Newspaper: Daily Democrat and news. [volume]
Place of publication: Davenport, Iowa
Publisher: Maguire, Richardson & Co.
Date: 1860-04-06 00:00:00
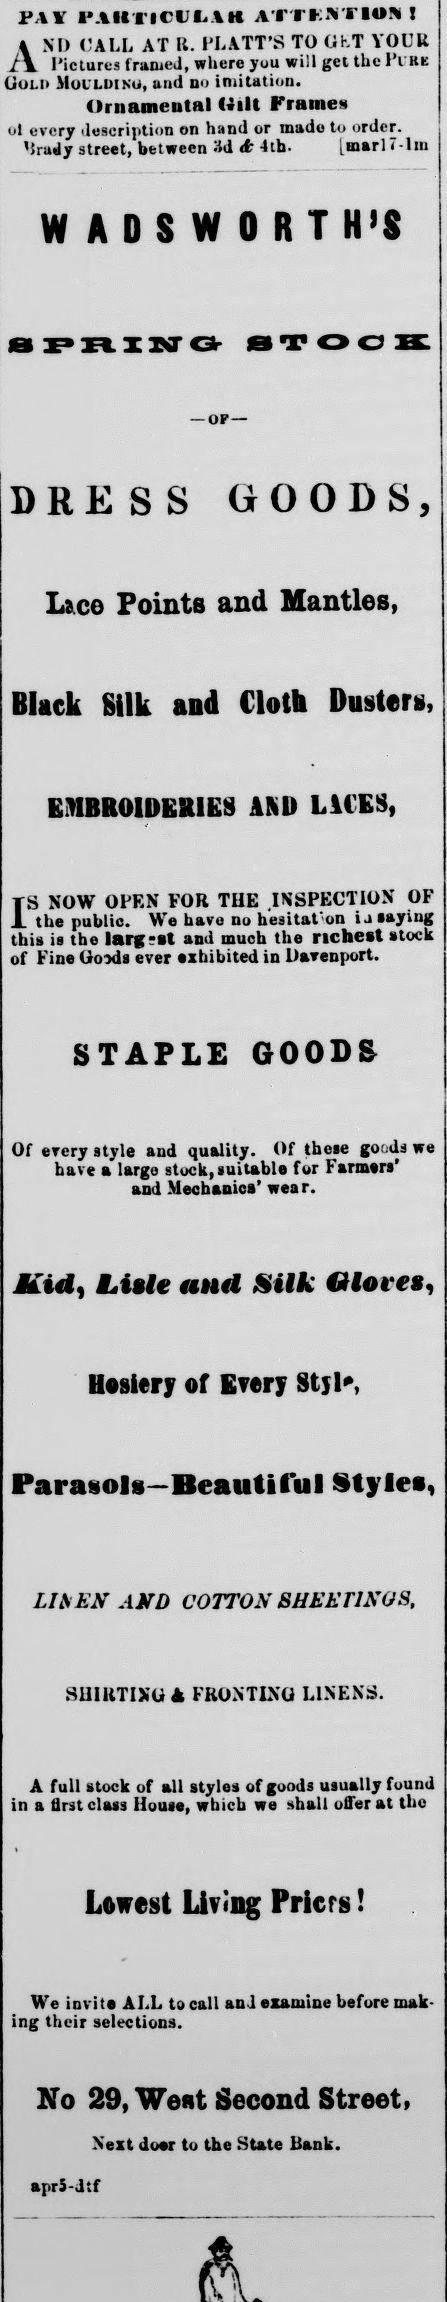
Advertisement text (OCR):
PA¥ IMItl'K'l 1. AT I I" .Vi lO!\ 4 Mr ('ALL AT U. I'LATT'S TO UKT YOUR J\ Pictures trameJ, where yuu will gcitheFCBE Uoli MuL'LDINu, uii(1 no imitation. Ornamental «ilt Frame* ol every ilescription on hand or made to order. 'Irady street, between 3d A 4th. [marl 7-lm W A S W O S I N O O E S S O O S lace Points and Mantles, Black Silk and Cloth Dusters, EMBROIDERIES AM) LUES, TS NOW OfEN FOR THE INSPECTION OF tlie public. We havo no hesitat'on ia saying this is the largrat and much the richest stock of Flat Goods erer exhibited la Davenport. STAPLE GOODS Of erery style and quality. Of these goi ds we have a largo stuck, nuitable for Farmers' and Mechanics' wear. Kid, LiUe and Silk Hosiery of Every Stjl*, Parasols—Beautiful Styles. LItiEN AMD COTTON 8HEET1NQ8, SHIRTIXO FRONTING LINENS. A full stock of all styles of goods usually found in a first class House, wbich we shall offer at tho Lowest living Pricrs! We invite ALL to call and eaamlne before mak ing their selections. He 29, Went Second Street. Next doer to tne State Bank. aprS-dtf €?fore»,
Label: text-only